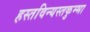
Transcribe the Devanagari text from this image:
हस्तविन्यस्तकुम्भा